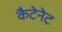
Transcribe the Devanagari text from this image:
कैटेनेट